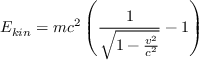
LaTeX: E _ { k i n } = m c ^ { 2 } \left( { \frac { 1 } { \sqrt { 1 - { \frac { v ^ { 2 } } { c ^ { 2 } } } } } } - 1 \right)